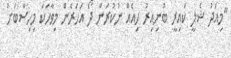
"މިއަދު ޝެލީ ކައިރީ ބުނިއިރު ހިއެއް ނުކުރަން ދޯ އަހަރެން މިވާހަކަ މިހިސާބަށް